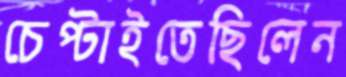
চেপ্‌টাইতেছিলেন